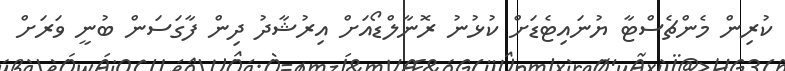
ކުރިން މެންޗެސްޓާ ޔުނައިޓެޑަށް ކުޅުނު ރޮނާލްޑޯއަށް އިރުޝާދު ދިން ފާގަސަން ބުނީ ވަރަށް